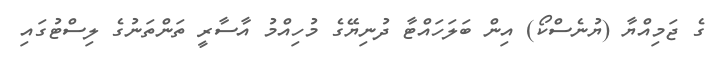
ގެ ޖަމިއްޔާ (ޔުނެސްކޯ) އިން ބަލަހައްޓާ ދުނިޔޭގެ މުހިއްމު އާސާރީ ތަންތަނުގެ ލިސްޓުގައި